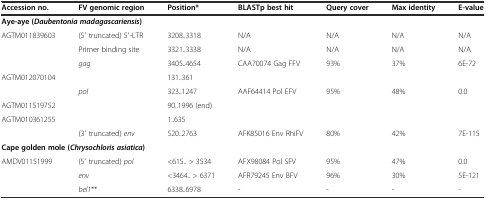
| Accession no. | FV genomic region | Position* | BLASTp best hit | Query cover | Max identity | E-value |
 | --- | --- | --- | --- | --- | --- | --- |
 | <COLSPAN=7> Aye-aye (Daubentonia madagascariensis) |
 | <ROWSPAN=3> AGTM011839603 | (5′ truncated) 5′-LTR | 3208..3318 | N/A | N/A | N/A | N/A |
 | Primer binding site | 3321..3338 | N/A | N/A | N/A | N/A |
 | <ROWSPAN=2> gag | 3405..4654 | <ROWSPAN=2> CAA70074 Gag FFV | <ROWSPAN=2> 93% | <ROWSPAN=2> 37% | <ROWSPAN=2> 6E-72 |
 | AGTM012070104 | 131..361 |
 |  | <ROWSPAN=3> pol | 323..1247 | <ROWSPAN=3> AAF64414 Pol EFV | <ROWSPAN=3> 95% | <ROWSPAN=3> 48% | <ROWSPAN=3> 0.0 |
 | AGTM011519752 | 90..1996 (end) |
 | <ROWSPAN=2> AGTM010361255 | 1..635 |
 | (3′ truncated) env | 520..2763 | AFK85016 Env RhiFV | 80% | 42% | 7E-115 |
 | <COLSPAN=7> Cape golden mole (Chrysochloris asiatica) |
 | AMDV01151999 | (5′ truncated) pol | <615.. > 3534 | AFX98084 Pol SFV | 95% | 47% | 0.0 |
 |  | env | <3464.. > 6371 | AFR79245 Env BFV | 96% | 30% | 5E-121 |
 |  | bel1** | 6338..6978 | - | - | - | - |